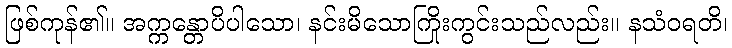
ဖြစ်ကုန်၏။ အက္ကန္တောပိပါသော၊ နင်းမိသောကြိုးကွင်းသည်လည်း။ နသံဝရတိ၊